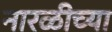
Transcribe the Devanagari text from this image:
नारळीच्या